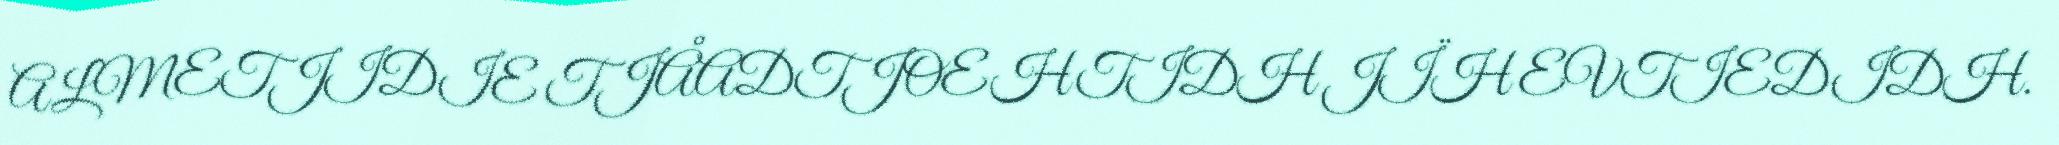
ALMETJIDIE TJÅADTJOEHTIDH JÏH EVTIEDIDH.